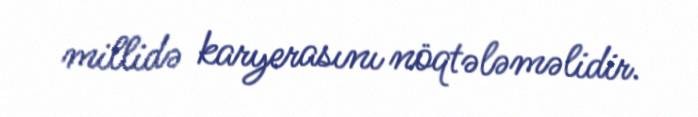
millidə karyerasını nöqtələməlidir.